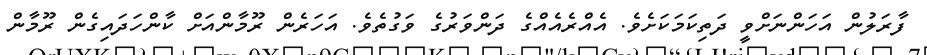
ފާރަލުން އަހަންނަށްވީ ދަތިކަމަކަށެވެ. އެއްރެއެއްގެ ދަންވަރުގެ ވަގުތެވެ. އަހަރެން ރޫމާންއަށް ކާންހަަދައިގެން ރޫމާން